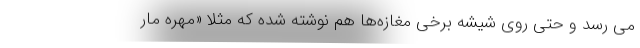
می رسد و حتی روی شیشه برخی مغازه‌ها هم نوشته شده که مثلا «مهره مار